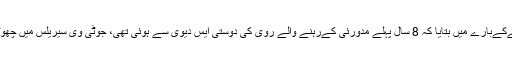
پولیس نےاس معاملےکےبارے میں بتایا کہ 8 سال پہلے مدورئی کےرہنے والے روی کی دوستی ایس دیوی سے ہوئی تھی، جوٹی وی سیریلس میں چھوٹےکردارکرتی تھیں۔